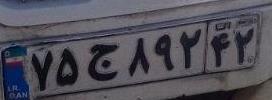
۷۵ج۸۹۲۴۲